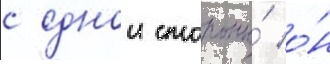
с однои стороны́ о́н